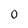
Character: O